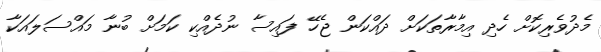
މެދުވެރިކޮށް ހެދި އިމާރާތަކަށް ދައްކަން ޖެހޭ ފައިސާ ނުދެއްކި ކަމަށް ބުނާ މައްސަލައަކާ